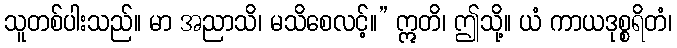
သူတစ်ပါးသည်။ မာ အညာသိ၊ မသိစေလင့်။” ဣတိ၊ ဤသို့။ ယံ ကာယဒုစ္စရိတံ၊